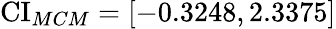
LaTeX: \operatorname{CI}_{MCM}=[-0.3248,2.3375]